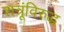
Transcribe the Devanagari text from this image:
शत्रूंविरुद्ध